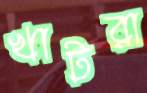
খাটরা